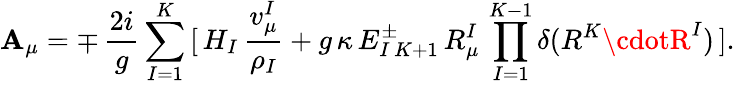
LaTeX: \mathbf{A}_{\mu}=\mp\, {\frac{{2i}}{{g}}}\sum_{I=1}^{K}\, [\, H_{I}\, {\frac{{v_{\mu}^{I}}}{{\rho_{I}}}}+g\, \kappa\, E_{I\, K+1}^{\pm}\, R_{\mu}^{I}\, \prod_{I=1}^{K-1}\delta(R^{K}\cdotR^{I})\, ].